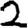
Digit: 2